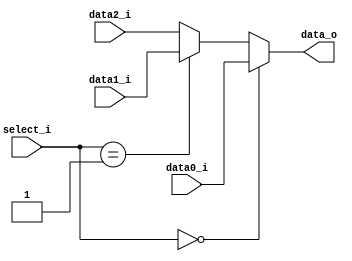
`timescale 1ns / 1ps
//////////////////////////////////////////////////////////////////////////////////
// Company: 
// Engineer: 
// 
// Design Name: 
// Module Name:    MUX_3to1 
// Project Name: 
// Target Devices: 
// Tool versions: 
// Description: 
//
// Dependencies: 
//
// Revision: 
// Revision 0.01 - File Created
// Additional Comments: 
//
//////////////////////////////////////////////////////////////////////////////////
module MUX_3to1(  data0_i,
               data1_i,
					data2_i,
               select_i,
               data_o
    );

parameter size =0;			   
			
//I/O ports               
input   [size-1:0] data0_i;          
input   [size-1:0] data1_i;
input   [size-1:0] data2_i;
input     [1:0]         select_i;
output  [size-1:0] data_o; 

//Internal Signals
reg     [size-1:0] data_o;

//Main function
always@(*)
begin
 if(select_i==0)
 data_o<=data0_i;
 else if(select_i==1)
 data_o<=data1_i;
 else
 data_o<=data2_i;
end

endmodule